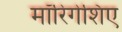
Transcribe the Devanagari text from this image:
मॉरिंगेशिए